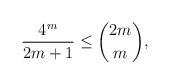
LaTeX: \begin{align*}\frac{4^m}{2m+1} \leq \binom{2m}{m},\end{align*}